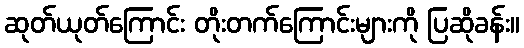
ဆုတ်ယုတ်ကြောင်း တိုးတက်ကြောင်းများကို ပြဆိုခန်း။